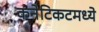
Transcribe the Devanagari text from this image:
कनेटिकटमध्ये